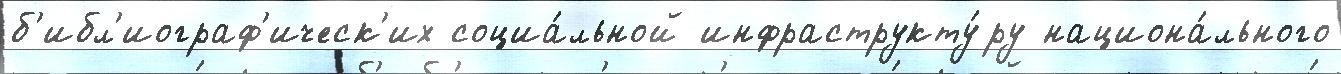
б'ибл'иограф'ическ'их социа́льной инфраструкту́ру национа́льного